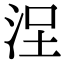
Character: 𣳤